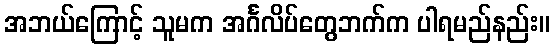
အဘယ်ကြောင့် သူမက အင်္ဂလိပ်တွေဘက်က ပါရမည်နည်း။